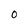
Character: 0